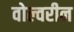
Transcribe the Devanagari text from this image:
वोल्वरीन